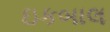
ઇકબાલ